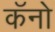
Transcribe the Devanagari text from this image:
कॅनो